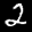
Label: 2